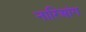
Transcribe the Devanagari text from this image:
नारिआंग